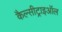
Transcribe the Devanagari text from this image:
कैल्सीट्राइऑल